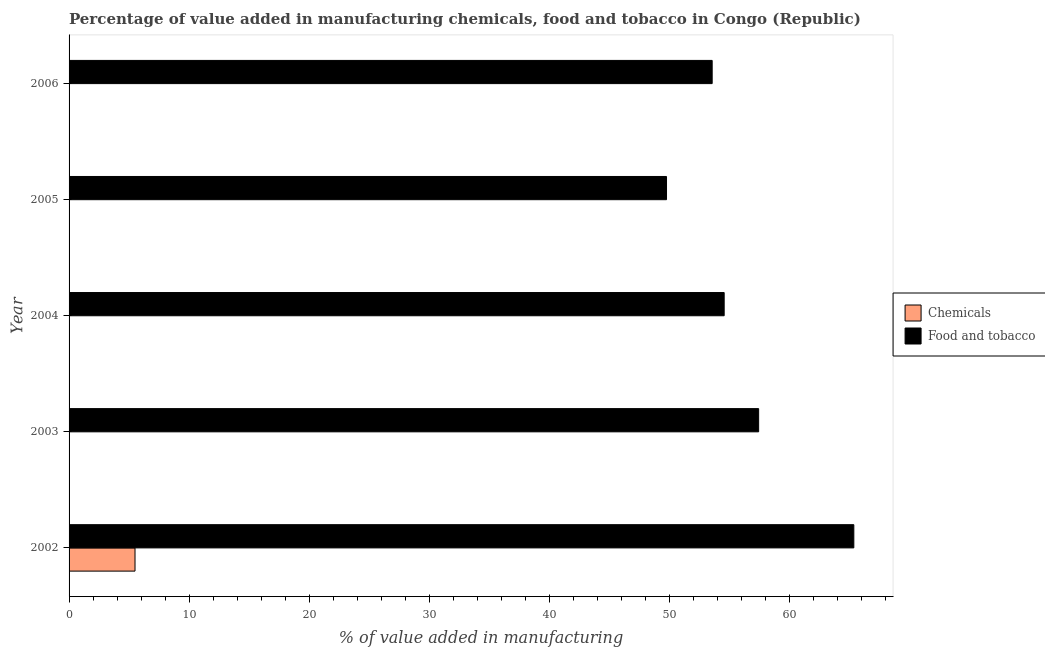
| Year | Chemicals | Food and tobacco |
 | --- | --- | --- |
 | 2002 | 5.49 | 65.4 |
 | 2003 | -8.74 | 57.4 |
 | 2004 | -14.1 | 54.6 |
 | 2005 | -15.1 | 49.8 |
 | 2006 | -18.7 | 53.6 |